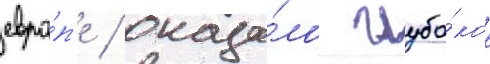
евро́п'е / оказа́ло глубо́кое